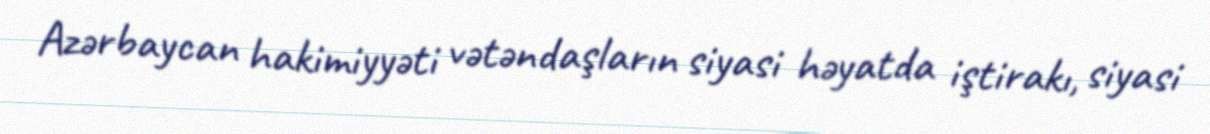
Azərbaycan hakimiyyəti vətəndaşların siyasi həyatda iştirakı, siyasi